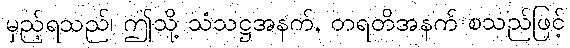
မှည့်ရသည်၊ ဤသို့ သံသဋ္ဌအနက်, တရတိအနက် စသည်ဖြင့်